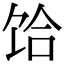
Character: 饸